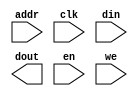
module ram_8x512_lo(
	addr,
	clk,
	din,
	dout,
	en,
	we);


input [8 : 0] addr;
input clk;
input [7 : 0] din;
output [7 : 0] dout;
input en;
input we;

// synthesis translate_off

      BLKMEMSP_V6_2 #(
		.c_addr_width(9),
		.c_default_data("0"),
		.c_depth(512),
		.c_enable_rlocs(0),
		.c_has_default_data(1),
		.c_has_din(1),
		.c_has_en(1),
		.c_has_limit_data_pitch(0),
		.c_has_nd(0),
		.c_has_rdy(0),
		.c_has_rfd(0),
		.c_has_sinit(0),
		.c_has_we(1),
		.c_limit_data_pitch(18),
		.c_mem_init_file("mif_file_16_1"),
		.c_pipe_stages(0),
		.c_reg_inputs(0),
		.c_sinit_value("0"),
		.c_width(8),
		.c_write_mode(0),
		.c_ybottom_addr("0"),
		.c_yclk_is_rising(1),
		.c_yen_is_high(0),
		.c_yhierarchy("hierarchy1"),
		.c_ymake_bmm(0),
		.c_yprimitive_type("16kx1"),
		.c_ysinit_is_high(1),
		.c_ytop_addr("1024"),
		.c_yuse_single_primitive(0),
		.c_ywe_is_high(0),
		.c_yydisable_warnings(1))
	inst (
		.ADDR(addr),
		.CLK(clk),
		.DIN(din),
		.DOUT(dout),
		.EN(en),
		.WE(we),
		.ND(),
		.RFD(),
		.RDY(),
		.SINIT());


// synthesis translate_on

// XST black box declaration
// box_type "black_box"
// synthesis attribute box_type of ram_8x512_lo is "black_box"

endmodule